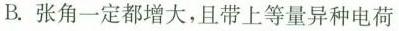
B.张角一定都增大，且带上等量异种电荷